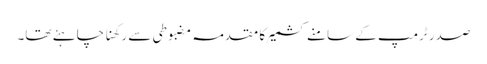
صدر ٹرمپ کے سامنے کشمیر کا مقدمہ مضبوطی سے رکھنا چاہئے تھا۔